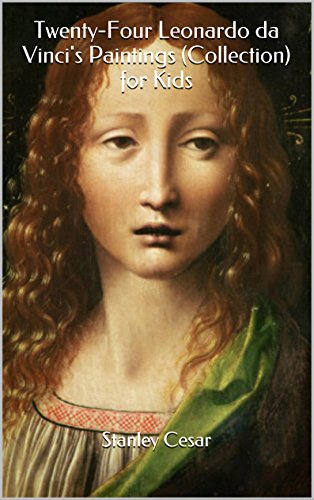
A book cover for Twenty-Four Leonardo da Vinci's Paintings (Collection) for Kids; Stanley Cesar; Cookbooks, Food & Wine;